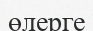
өлерге